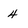
Character: 4